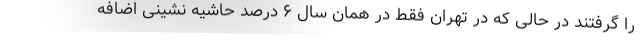
را گرفتند در حالی که در تهران فقط در همان سال ۶ درصد حاشیه نشینی اضافه